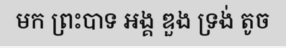
មក ព្រះបាទ អង្គ ឌួង ទ្រង់ តូច